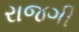
રાજગી